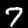
Label: 7